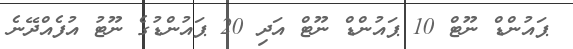
ޕައުންޑް ނޫޓް 10 ޕައުންޑް ނޫޓް އަދި 20 ޕައުންޑުގެ ނޫޓު އުފެއްދޭނެ